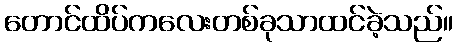
တောင်ထိပ်ကလေးတစ်ခုသာထင်ခဲ့သည်။